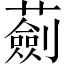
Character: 𧁴